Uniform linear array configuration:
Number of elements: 32
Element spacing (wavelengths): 0.25
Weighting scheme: blackman
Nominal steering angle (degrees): -30
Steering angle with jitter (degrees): -30.125
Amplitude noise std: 0.05
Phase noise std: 0.05

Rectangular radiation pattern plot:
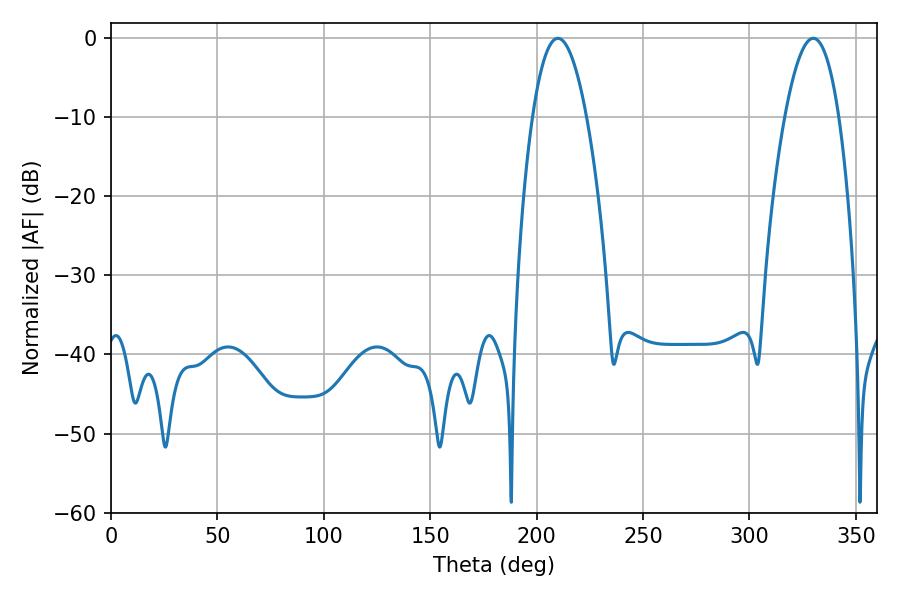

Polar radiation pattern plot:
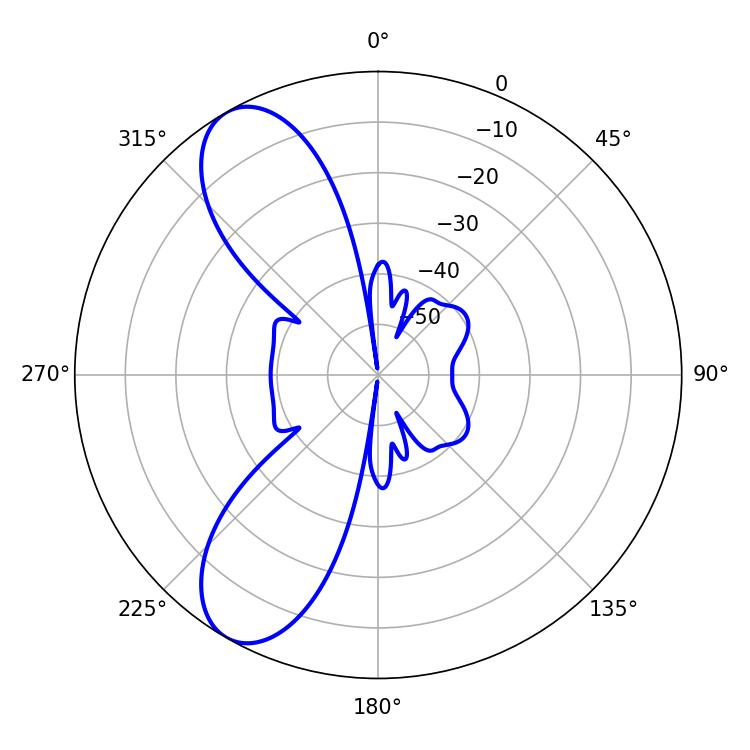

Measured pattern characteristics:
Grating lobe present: FALSE
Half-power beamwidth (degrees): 14.04
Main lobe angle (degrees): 210.06